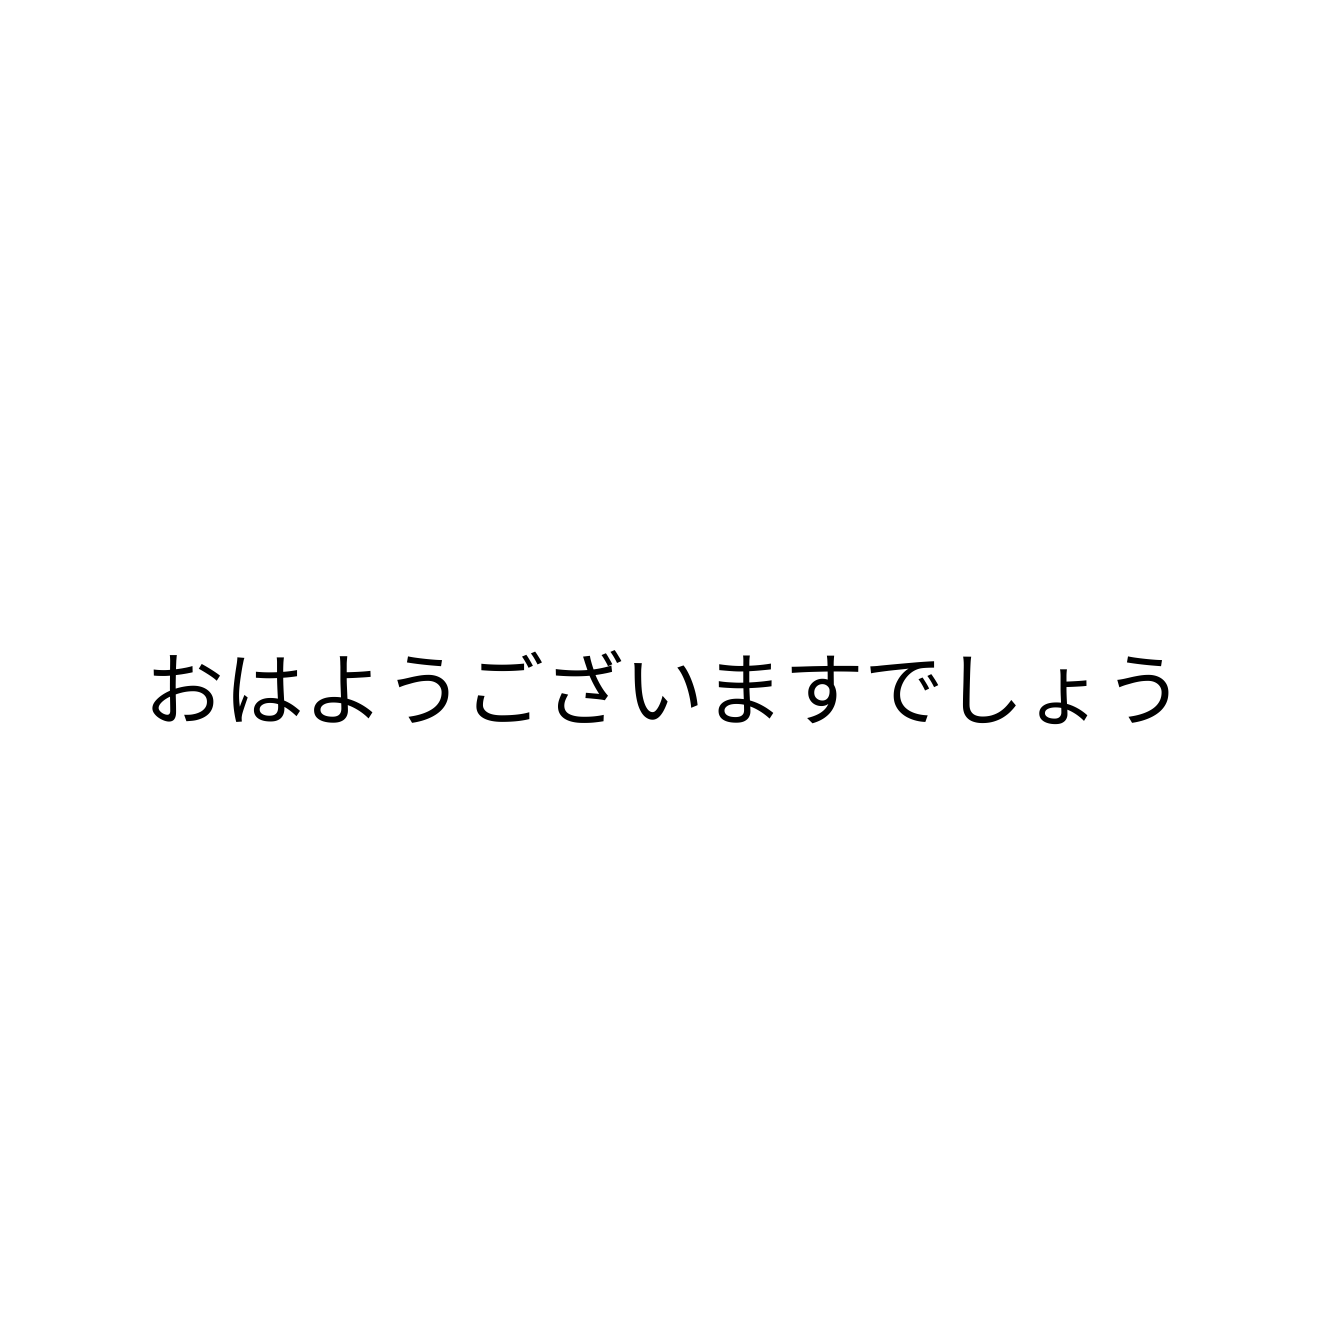
おはようございますでしょう